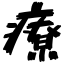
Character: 療